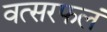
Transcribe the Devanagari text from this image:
वत्सरफलं